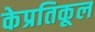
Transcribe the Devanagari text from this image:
केप्रतिकूल